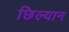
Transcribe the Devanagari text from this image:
छिल्यान